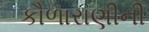
કૌળારાણીની